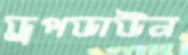
ড্রপডাউন